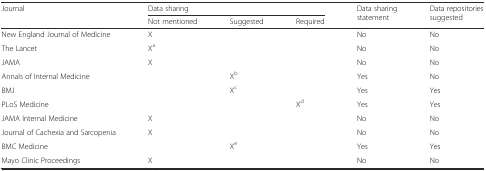
<table><thead><tr><td rowspan="2"><b>Journal</b></td><td colspan="3"><b>Data sharing</b></td><td rowspan="2"><b>Data sharing statement</b></td><td rowspan="2"><b>Data repositories suggested</b></td></tr><tr><td><b>Not mentioned</b></td><td><b>Suggested</b></td><td><b>Required</b></td></tr></thead><tbody><tr><td>New England Journal of Medicine</td><td>X</td><td></td><td></td><td>No</td><td>No</td></tr><tr><td>The Lancet</td><td>X<sup>a</sup></td><td></td><td></td><td>No</td><td>No</td></tr><tr><td>JAMA</td><td>X</td><td></td><td></td><td>No</td><td>No</td></tr><tr><td>Annals of Internal Medicine</td><td></td><td>X<sup>b</sup></td><td></td><td>Yes</td><td>No</td></tr><tr><td>BMJ</td><td></td><td>X<sup>c</sup></td><td></td><td>Yes</td><td>Yes</td></tr><tr><td>PLoS Medicine</td><td></td><td></td><td>X<sup>d</sup></td><td>Yes</td><td>Yes</td></tr><tr><td>JAMA Internal Medicine</td><td>X</td><td></td><td></td><td>No</td><td>No</td></tr><tr><td>Journal of Cachexia and Sarcopenia</td><td>X</td><td></td><td></td><td>No</td><td>No</td></tr><tr><td>BMC Medicine</td><td></td><td>X<sup>e</sup></td><td></td><td>Yes</td><td>Yes</td></tr><tr><td>Mayo Clinic Proceedings</td><td>X</td><td></td><td></td><td>No</td><td>No</td></tr></tbody></table>